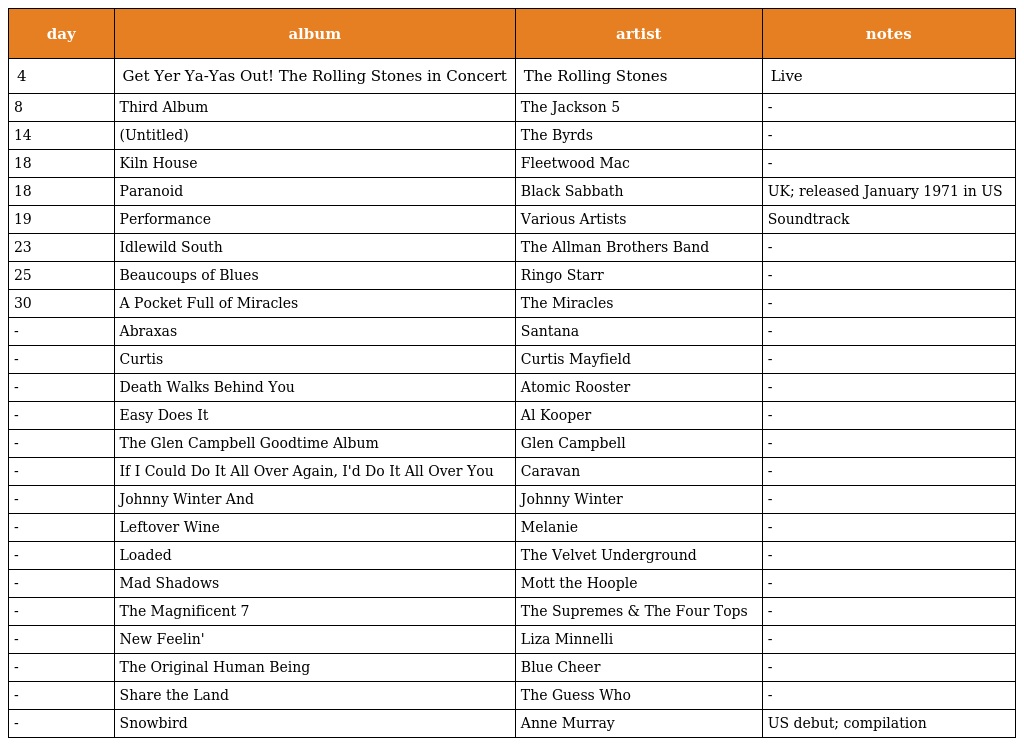
| day | album | artist | notes |
 | --- | --- | --- | --- |
 | 4 | Get Yer Ya-Yas Out! The Rolling Stones in Concert | The Rolling Stones | Live |
 | 8 | Third Album | The Jackson 5 | - |
 | 14 | (Untitled) | The Byrds | - |
 | 18 | Kiln House | Fleetwood Mac | - |
 | 18 | Paranoid | Black Sabbath | UK; released January 1971 in US |
 | 19 | Performance | Various Artists | Soundtrack |
 | 23 | Idlewild South | The Allman Brothers Band | - |
 | 25 | Beaucoups of Blues | Ringo Starr | - |
 | 30 | A Pocket Full of Miracles | The Miracles | - |
 | - | Abraxas | Santana | - |
 | - | Curtis | Curtis Mayfield | - |
 | - | Death Walks Behind You | Atomic Rooster | - |
 | - | Easy Does It | Al Kooper | - |
 | - | The Glen Campbell Goodtime Album | Glen Campbell | - |
 | - | If I Could Do It All Over Again, I'd Do It All Over You | Caravan | - |
 | - | Johnny Winter And | Johnny Winter | - |
 | - | Leftover Wine | Melanie | - |
 | - | Loaded | The Velvet Underground | - |
 | - | Mad Shadows | Mott the Hoople | - |
 | - | The Magnificent 7 | The Supremes & The Four Tops | - |
 | - | New Feelin' | Liza Minnelli | - |
 | - | The Original Human Being | Blue Cheer | - |
 | - | Share the Land | The Guess Who | - |
 | - | Snowbird | Anne Murray | US debut; compilation |